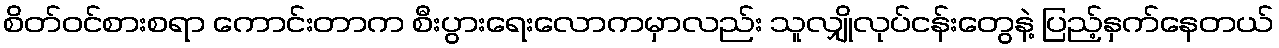
စိတ်ဝင်စားစရာ ကောင်းတာက စီးပွားရေးလောကမှာလည်း သူလျှိုလုပ်ငန်းတွေနဲ့ ပြည့်နှက်နေတယ်